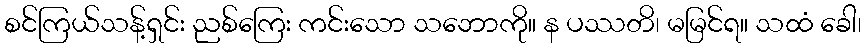
စင်ကြယ်သန့်ရှင်း ညစ်ကြေး ကင်းသော သဘောကို။ န ပဿတိ၊ မမြင်ရ။ သထံ ခေါ၊